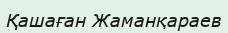
Қашаған Жаманқараев